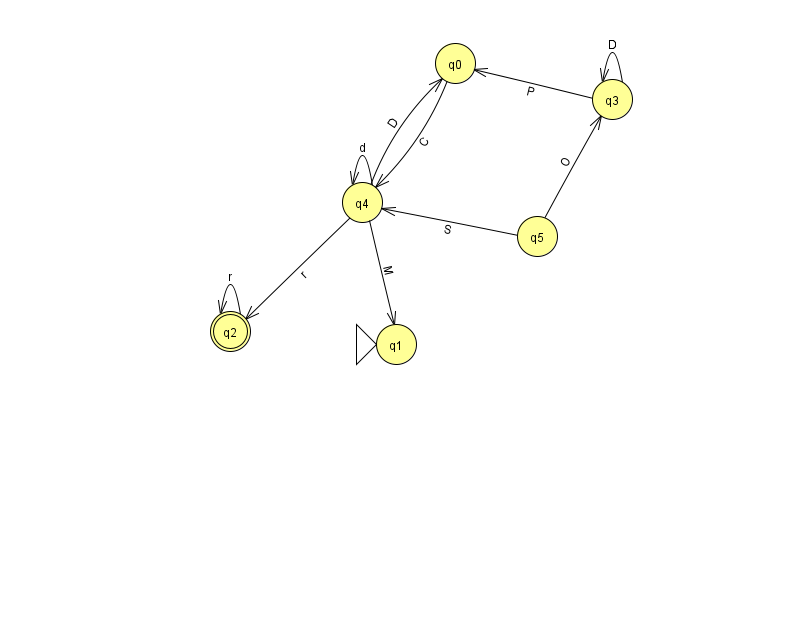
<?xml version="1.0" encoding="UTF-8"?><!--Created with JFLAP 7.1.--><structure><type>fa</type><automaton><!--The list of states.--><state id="0" name="q0"><x>455.0</x><y>50.0</y></state><state id="1" name="q1"><x>396.0</x><y>331.0</y><initial/></state><state id="2" name="q2"><x>230.0</x><y>318.0</y><final/></state><state id="3" name="q3"><x>612.0</x><y>86.0</y></state><state id="4" name="q4"><x>362.0</x><y>189.0</y></state><state id="5" name="q5"><x>537.0</x><y>223.0</y></state><!--The list of transitions.--><transition><from>2</from><to>2</to><read>r</read></transition><transition><from>4</from><to>1</to><read>M</read></transition><transition><from>3</from><to>3</to><read>D</read></transition><transition><from>4</from><to>4</to><read>d</read></transition><transition><from>5</from><to>4</to><read>S</read></transition><transition><from>5</from><to>3</to><read>O</read></transition><transition><from>4</from><to>2</to><read>r</read></transition><transition><from>4</from><to>0</to><read>D</read></transition><transition><from>3</from><to>0</to><read>P</read></transition><transition><from>0</from><to>4</to><read>C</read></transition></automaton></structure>